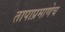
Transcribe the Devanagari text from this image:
तापाप्रमाणेच